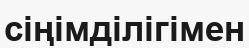
сіңімділігімен